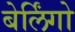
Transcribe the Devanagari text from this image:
बेर्लिंगो